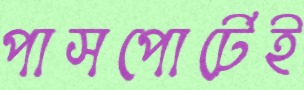
পাসপোর্টেই